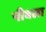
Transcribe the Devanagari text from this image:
पीवला